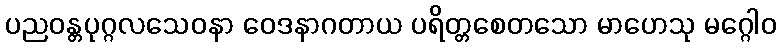
ပညဝန္တပုဂ္ဂလသေဝနာ ဝေဒနာဂတာယ ပရိတ္တစေတသော မာဟေသု မဂ္ဂေါဝ